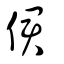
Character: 侰